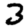
Digit: 3